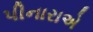
પીનારાએ